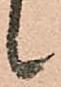
候